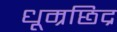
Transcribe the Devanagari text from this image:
धूम्रछिद्र